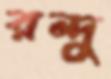
রন্দু